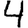
Digit: 4